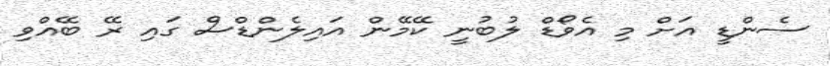
ސެންޑީ އަށް މި އެވޯޑް ލުބުނީ ކޭމޭން އައިލެންޑްސް ގައި ރޭ ބޭއްވި